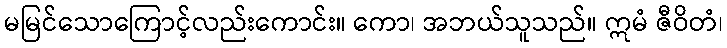
မမြင်သောကြောင့်လည်းကောင်း။ ကော၊ အဘယ်သူသည်။ ဣမံ ဇီဝိတံ၊